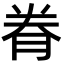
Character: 𮌐